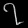
Digit: ၇